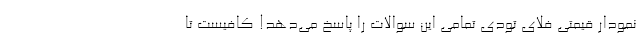
نمودار قیمتی فلای تودی تمامی این سوالات را پاسخ می‌دهد! کافیست تا